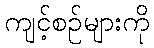
ကျင့်စဉ်များကို